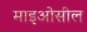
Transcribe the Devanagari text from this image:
माइओसील